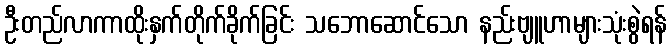
ဦးတည်လာကာထိုးနှက်တိုက်ခိုက်ခြင်း သဘောဆောင်သော နည်းဗျူဟာများသုံးစွဲရန်